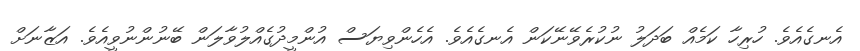
އެނގެއެވެ. ހުރިހާ ކަމެއް ބަދަލު ނުކުރެވޭނޭކަން އެނގެއެވެ. އެހެންވިޔަސް އުންމީދުގެއްލުވާލަން ބޭނުންނުވީއެވެ. އަޒާނަށް